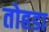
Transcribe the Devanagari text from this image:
तोहडा